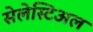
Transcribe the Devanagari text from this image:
सेलेस्टिअल